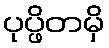
ပုပ္ဖိတမှိ